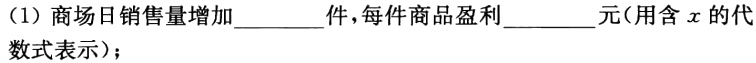
（1）商场日销售量增加______件，每件商品盈利______元（用含\(x\)的代